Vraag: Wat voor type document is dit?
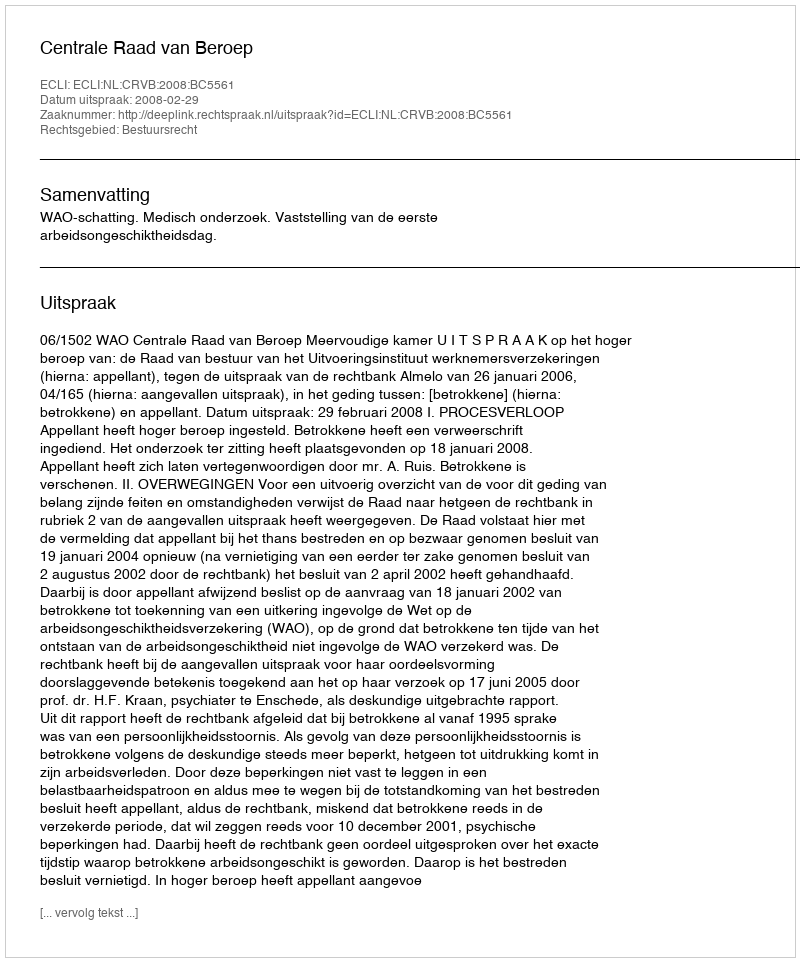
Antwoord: Uitspraak